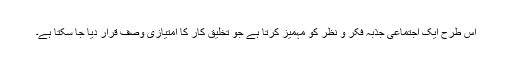
اس طرح ایک اجتماعی جذبہ فکر و نظر کو مہمیز کرتا ہے جو تخلیق کار کا امتیازی وصف قرار دیا جا سکتا ہے۔